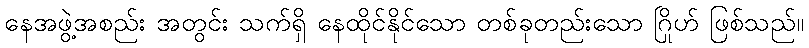
နေအဖွဲ့အစည်း အတွင်း သက်ရှိ နေထိုင်နိုင်သော တစ်ခုတည်းသော ဂြိုဟ် ဖြစ်သည်။